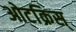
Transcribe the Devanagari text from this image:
ओटक्रिस्